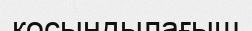
қосындылағыш